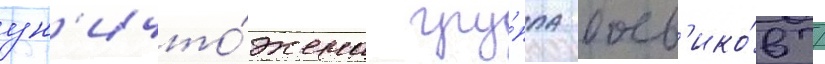
ун'ичто́жена гру́ппа боев'ико́в /